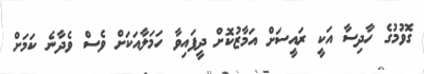
ގޮވުމުގެ ހާދިސާ އަކީ ރައީސަށް އަމާޒުކޮށް ދީފައިވާ ހަމަލާއަކަށް ވެސް ވެދާނެ ކަމަށް